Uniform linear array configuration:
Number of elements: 64
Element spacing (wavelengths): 0.25
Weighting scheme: cosine
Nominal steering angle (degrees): -60
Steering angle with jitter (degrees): -59.073
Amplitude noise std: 0.05
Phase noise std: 0.05

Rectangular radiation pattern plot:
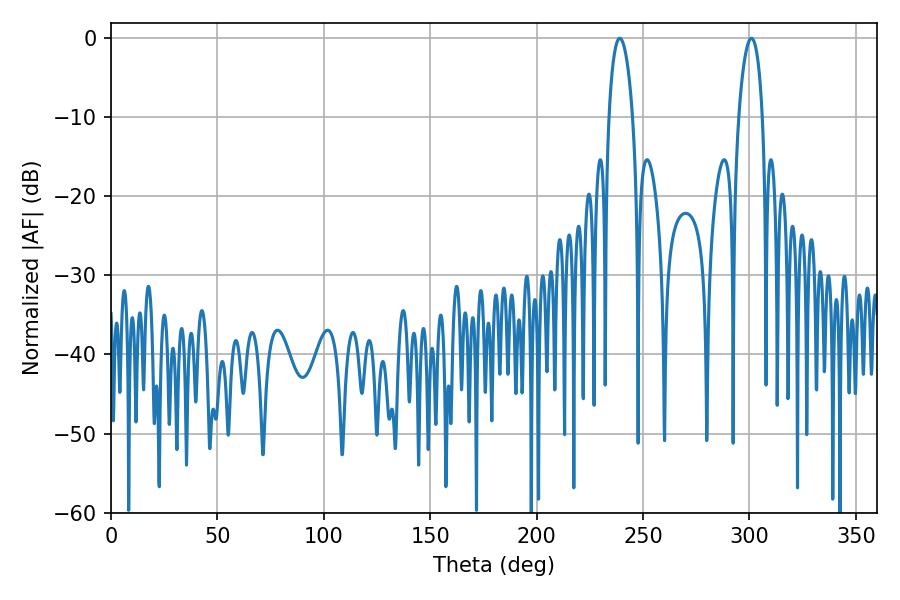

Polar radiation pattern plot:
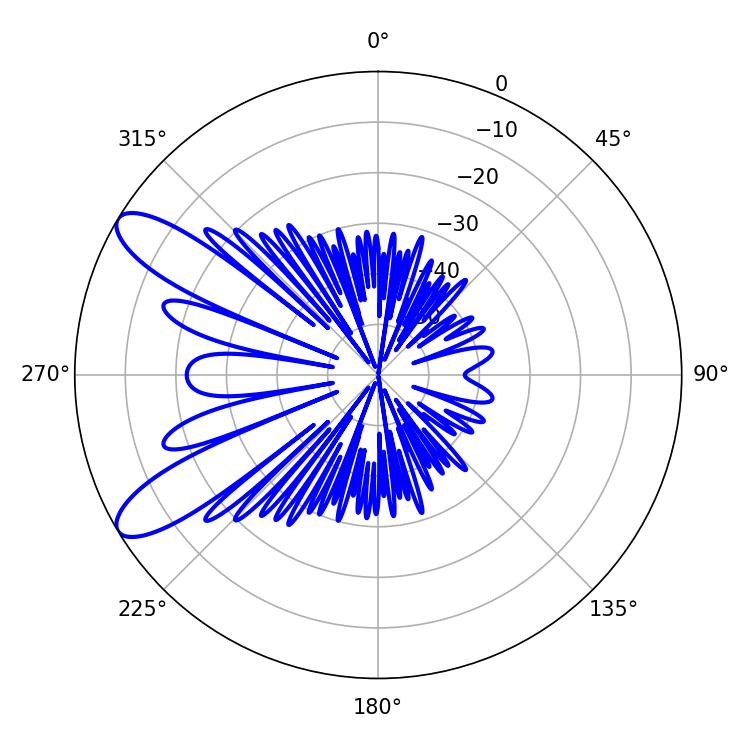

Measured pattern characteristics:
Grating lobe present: FALSE
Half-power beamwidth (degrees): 6.48
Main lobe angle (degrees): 239.04